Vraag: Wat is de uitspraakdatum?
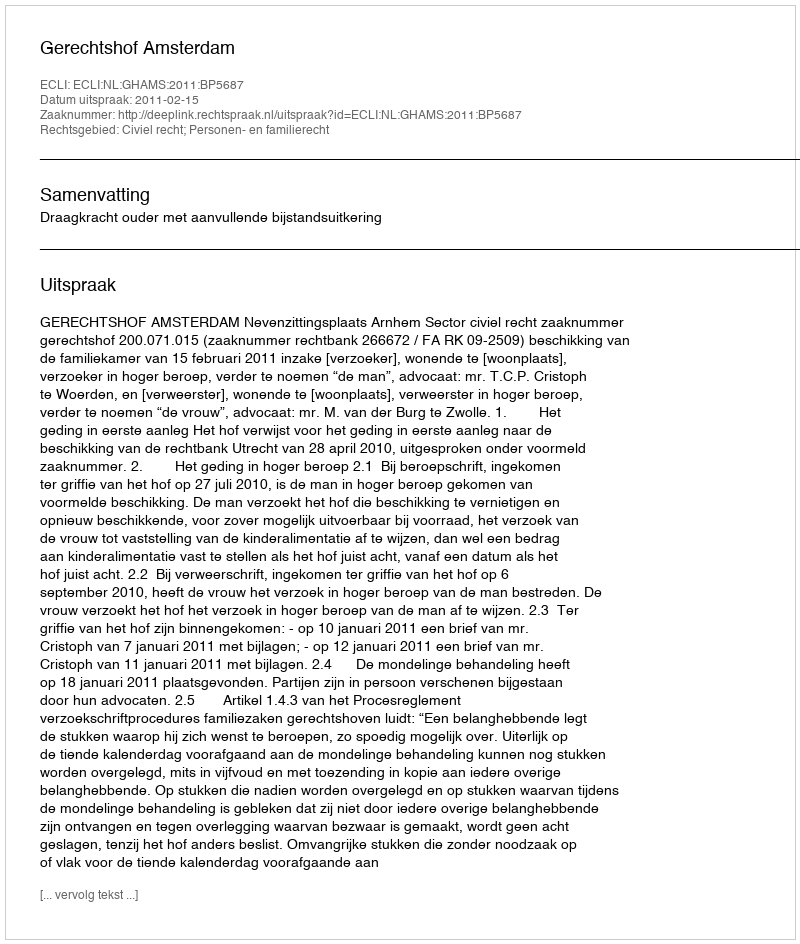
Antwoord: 2011-02-15